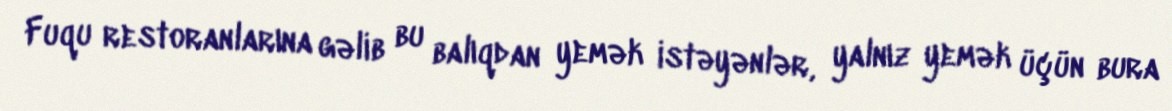
Fuqu restoranlarına gəlib bu balıqdan yemək istəyənlər, yalnız yemək üçün bura